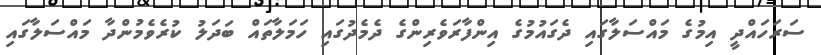
ސަރަހައްދީ އިމުގެ މައްސަލާގައި ދެގައުމުގެ އިންފާރަވެރިންގެ ދެމެދުގައި ހަމަލާތައް ބަދަލު ކުރެވެމުންދާ މައްސަލާގައި